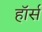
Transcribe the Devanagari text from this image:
हाॅर्स